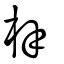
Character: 梓